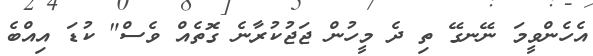
އެހެންވީމަ ނޭނގޭ ތި ދެ މީހުން ޖަޖުކުރާނެ ގޮތެއް ވެސް" ކުޑަ އިއްބެ